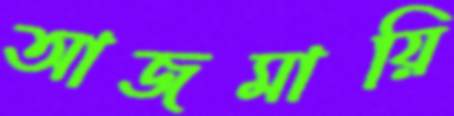
আজমায়ি